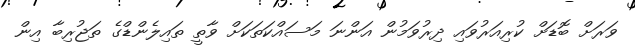
ވަރަށް ބޮޑަށް ކުރިއަރުވައި ދިރުވަމުން އަންނަ މަސައްކަތަކަށް ވާތީ ތައިލެންޑްގެ ތަޖުރިބާ އިން